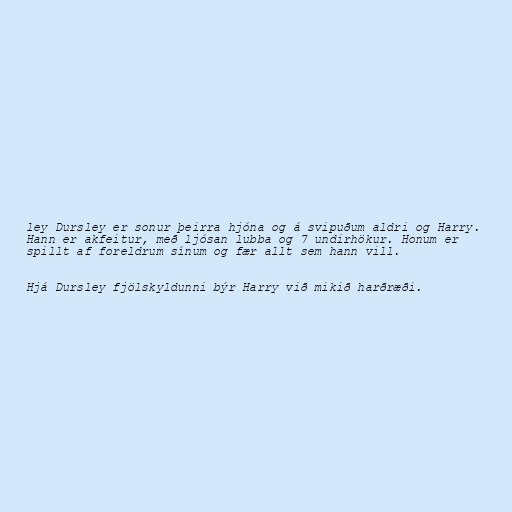
ley Dursley er sonur þeirra hjóna og á svipuðum aldri og Harry.
Hann er akfeitur, með ljósan lubba og 7 undirhökur. Honum er
spillt af foreldrum sínum og fær allt sem hann vill.

Hjá Dursley fjölskyldunni býr Harry við mikið harðræði.